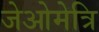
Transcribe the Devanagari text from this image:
जेओमेत्रि